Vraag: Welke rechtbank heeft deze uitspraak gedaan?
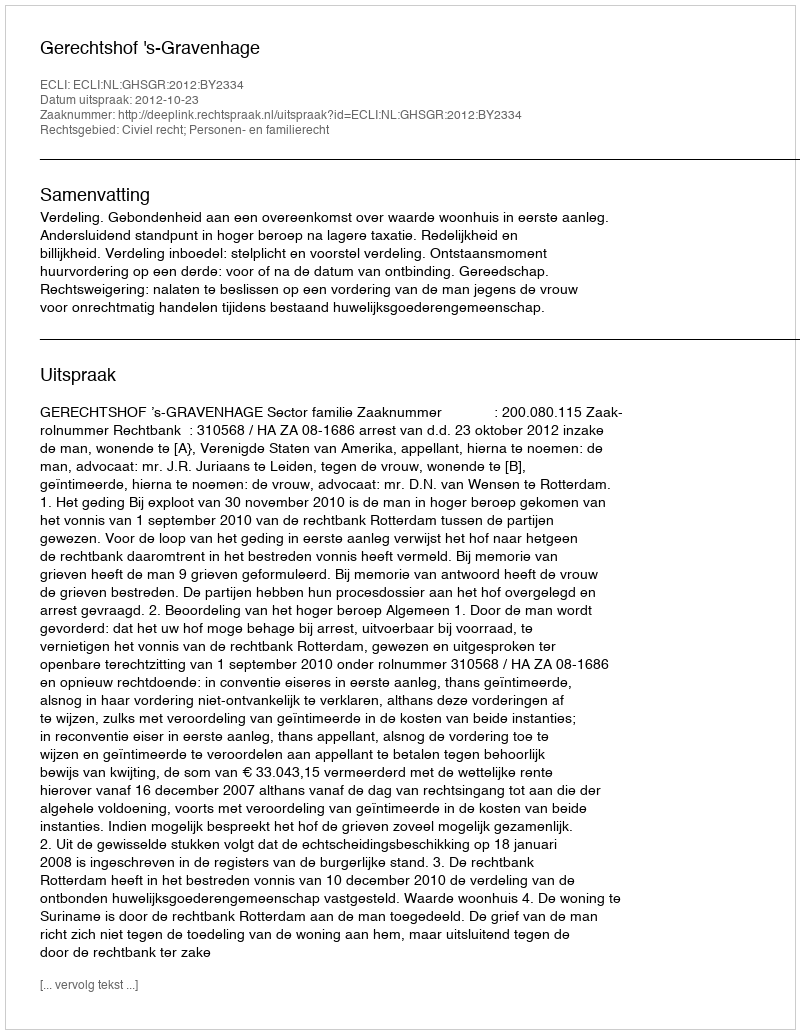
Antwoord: Gerechtshof 's-Gravenhage